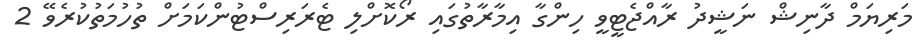
މަރިޔަމް ދާނިޝް ނަޝީދު ރާއްޖެޓީވީ ހިންގާ އިމާރާތުގައި ރޯކޮށްލި ޓެރަރިސްޓުންކަމަށް ތުހުމަތުކުރެވޭ 2